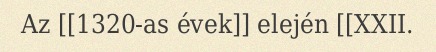
Az [[1320-as évek]] elején [[XXII.